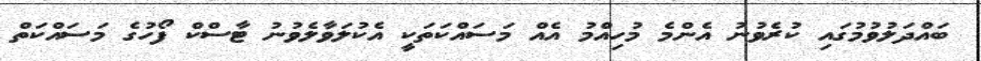
ބައްދަލުވުމުގައި ކުރެވުނު އެންމެ މުހިއްމު އެއް މަސައްކަތަކީ އެކުލަވާލެވުނު ޓާސްކް ފޯހުގެ މަސައްކަތް